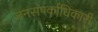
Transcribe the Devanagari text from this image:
जनसंपर्काधिकारी